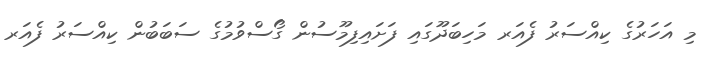
މި އަހަރުގެ ކިއްސަރު ފެއަރ މަހިބަދޫގައި ފަށައިފިމޫސުން ގޯސްވުމުގެ ސަބަބުން ކިއްސަރު ފެއަރ